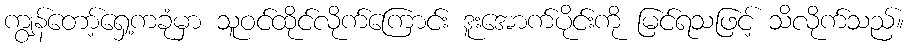
ကျွန်တော့်ရှေ့ကခုံမှာ သူဝင်ထိုင်လိုက်ကြောင်း ဒူးအောက်ပိုင်းကို မြင်ရသဖြင့် သိလိုက်သည်။